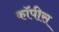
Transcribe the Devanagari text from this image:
कॉपीस